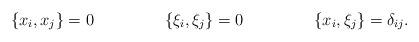
LaTeX: \begin{align*} \{ x_{i}, x_{j} \} & = 0 & \{ \xi_{i}, \xi_{j} \} & = 0 & \{ x_{i}, \xi_{j}\} & = \delta_{ij}. \end{align*}